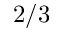
2 / 3